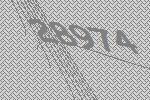
28974